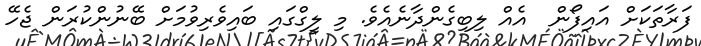
ފަރާތަކަށް އައިފޯން  އެއް ލިބިގެންދާނެއެވެ. މި ލީގްގައި ބައިވެރިވުމަށް ބޭނުންކުރަން ޖެހޭ